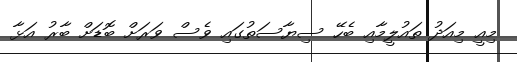
މިއީ މިއަދު ތައުލީމާއި ބެހޭ ސިޔާސަތުގައި ވެސް ވަރަށް ބޮޑަށް ބާރު އަޅާ